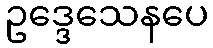
ဥဒ္ဒေသေနပေ